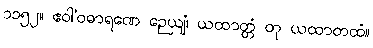
၁၁၅၂။ ဧဝါ’ဝဓာရဏေ ဉေယျံ၊ ယထာတ္တံ တု ယထာတထံ။